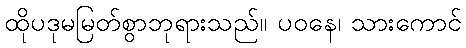
ထိုပဒုမမြတ်စွာဘုရားသည်။ ပဝနေ၊ သားကောင်